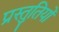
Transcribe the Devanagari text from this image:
प्रस्‍तुतियों